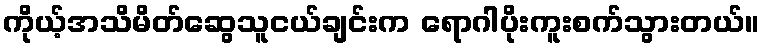
ကိုယ့်အသိမိတ်ဆွေသူငယ်ချင်းက ရောဂါပိုးကူးစက်သွားတယ်။